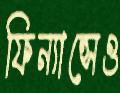
ফিন্যান্সেও